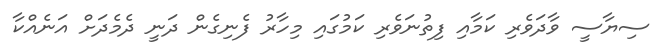
ސިޔާސީ ވާދަވެރި ކަމާއި ފިތުނަވެރި ކަމުގައި މިހާރު ފެނިގެން ދަނީ ދެމެދަށް އަނެއްކާ